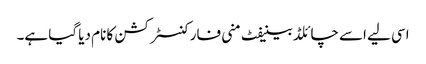
اسی لیے اسے چائلڈ بینیفٹ منی فار کنسٹرکشن کا نام دیا گیا ہے۔